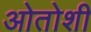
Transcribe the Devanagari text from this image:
ओतोशी